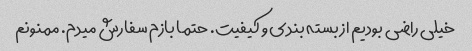
خیلی راضی بودیم از بسته بندی و کیفیت. حتما بازم سفارش میدم. ممنونم